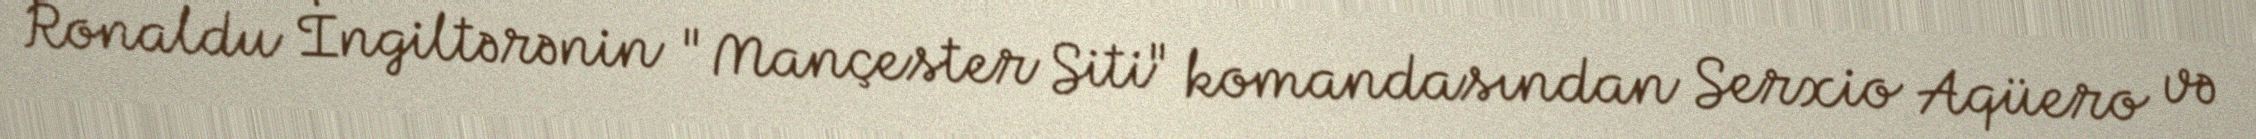
Ronaldu İngiltərənin "Mançester Siti" komandasından Serxio Aqüero və